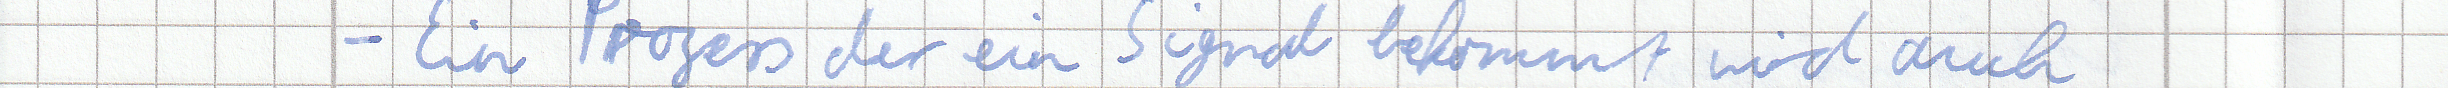
- Ein Prozess der ein Signal bekommt wurd auch